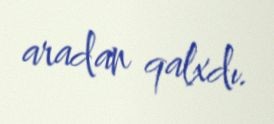
aradan qalxdı.